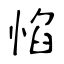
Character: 惂